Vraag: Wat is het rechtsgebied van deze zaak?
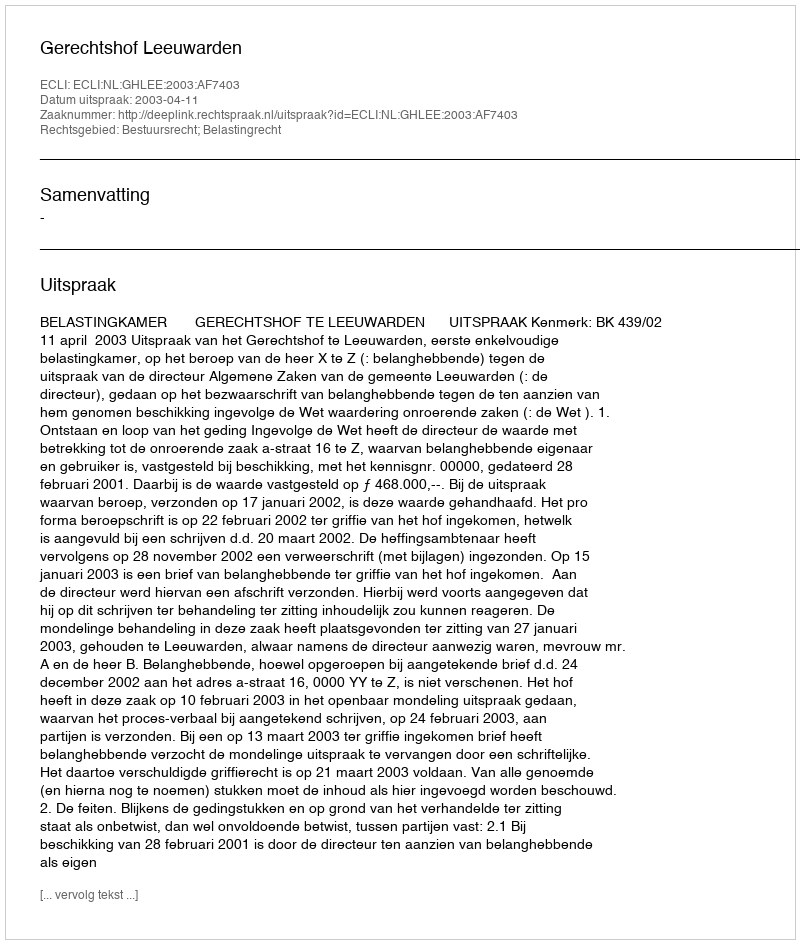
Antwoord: Bestuursrecht; Belastingrecht